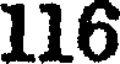
116